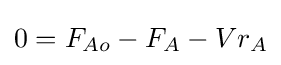
0=F_{Ao}-F_{A}-Vr_{A}